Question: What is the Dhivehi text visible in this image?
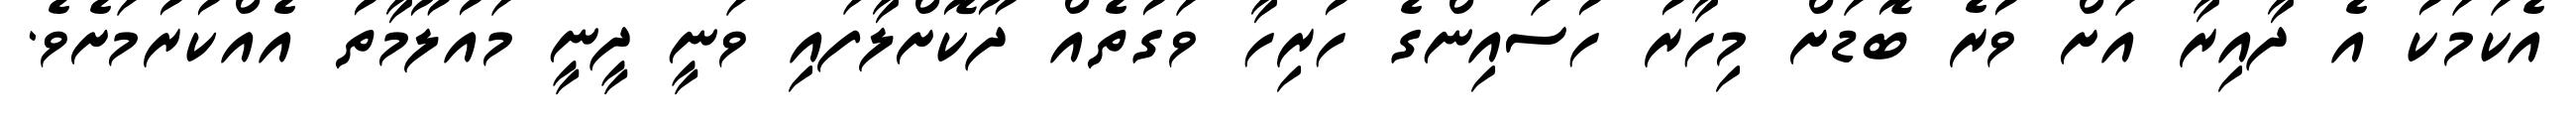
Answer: އެކަމަކު އެ ދާއިރާ އަށް ވުރެ ބޮޑަށް މިހާރު ހުސައިންގެ ހުރިހާ ވަގުތެއް ދޫކޮށްލާފައި ވަނީ ދީނީ މައުލޫމާތު އެއްކުރުމަށެވެ.